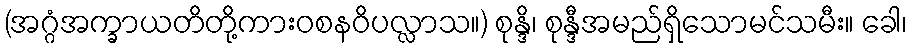
(အဂ္ဂံအက္ခာယတိတို့ကားဝစနဝိပလ္လာသ။) စုန္ဒိ၊ စုန္ဒီအမည်ရှိသောမင်သမီး။ ခေါ၊